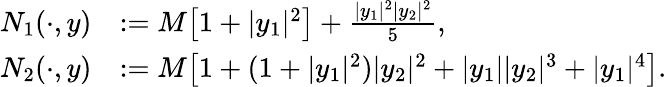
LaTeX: \begin{array}{rl}{N_{1}(\cdot,y)}&{:=M\big[1+|y_{1}|^{2}\big]+\frac{|y_{1}|^{2}|y_{2}|^{2}}{5},}\\ {N_{2}(\cdot,y)}&{:=M\big[1+(1+|y_{1}|^{2})|y_{2}|^{2}+|y_{1}||y_{2}|^{3}+|y_{1}|^{4}\big].}\end{array}